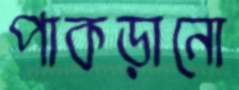
পাকড়ানো